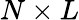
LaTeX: N\times L